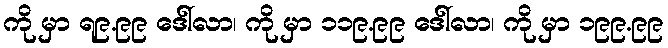
ကို မှာ ရ၉.၉၉ ဒေါ်လာ၊ ကို မှာ ၁၁၉.၉၉ ဒေါ်လာ၊ ကို မှာ ၁၉၉.၉၉